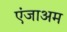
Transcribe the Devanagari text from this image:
एंजाअम